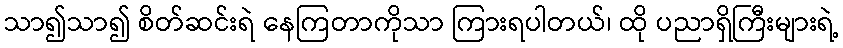
သာ၍သာ၍ စိတ်ဆင်းရဲ နေကြတာကိုသာ ကြားရပါတယ်၊ ထို ပညာရှိကြီးများရဲ့